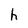
Character: h